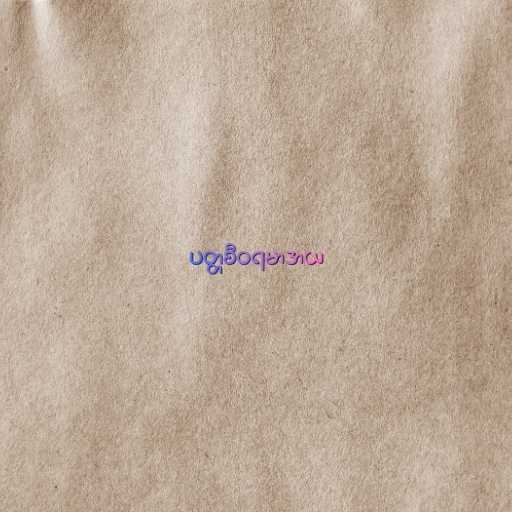
ပတ္တစီဝရမာဒာယ